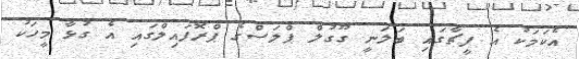
އެކަމަކު އެ ފީޗާގައި ބަލަނީ ގޫގުލް ޕްލަސްގެ ޕްރޮފައިލްގައި އެ ގުޅާ މީހަކު